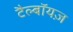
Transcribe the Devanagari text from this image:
टैल्बॉयज़